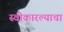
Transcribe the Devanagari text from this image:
स्वीकारल्याचा